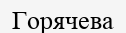
Горячева